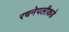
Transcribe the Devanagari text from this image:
रचनेपलीकडे